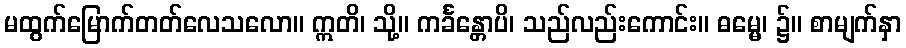
မထွက်မြောက်တတ်လေသလော။ ဣတိ၊ သို့။ ကင်္ခန္တောပိ၊ သည်လည်းကောင်း။ ဓမ္မေ၊ ၌။ စာမျက်နှာ